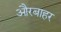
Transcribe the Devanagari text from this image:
औरबाहर